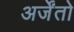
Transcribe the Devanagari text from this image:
अर्जेंतो